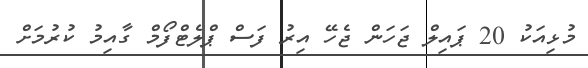
މުޅިއަކު 20 ޕައިލް ޖަހަން ޖެހޭ އިރު ފަސް ޕްލެޓްފޯމް ގާއިމު ކުރުމަށް